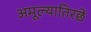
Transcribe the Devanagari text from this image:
अमूल्यातिरछे